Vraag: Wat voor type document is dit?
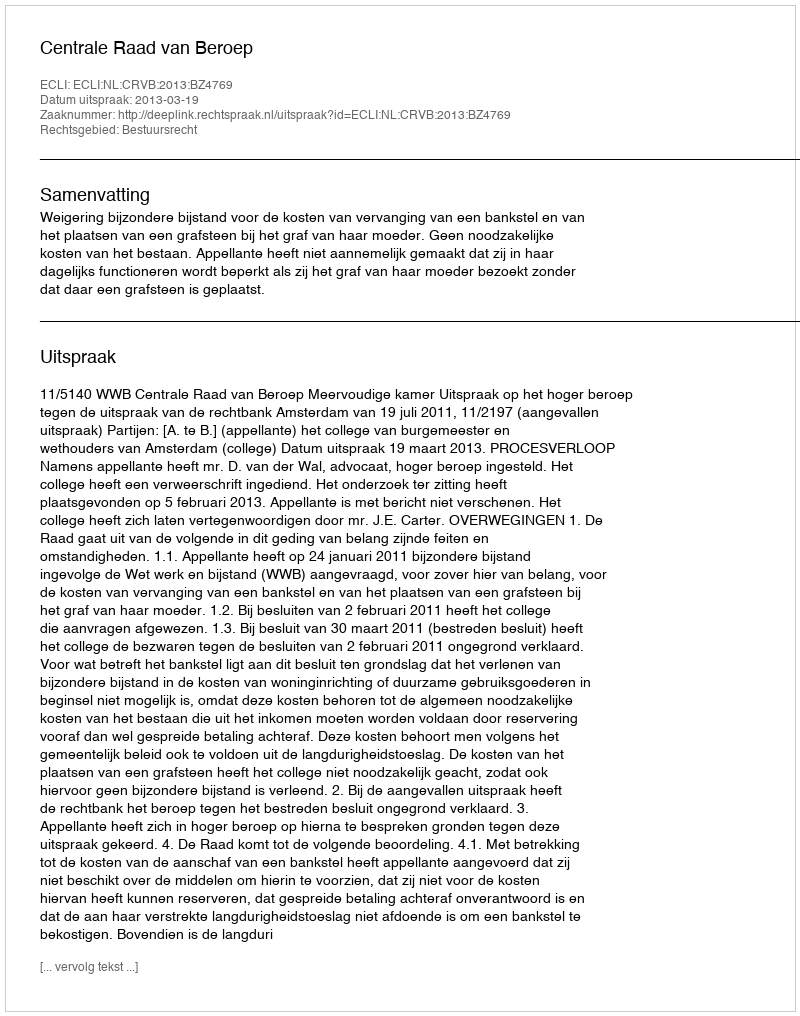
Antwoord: Uitspraak